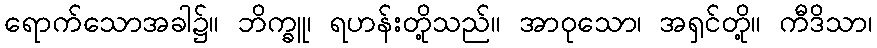
ရောက်သောအခါ၌။ ဘိက္ခူ၊ ရဟန်းတို့သည်။ အာဝုသော၊ အရှင်တို့။ ကီဒိသာ၊